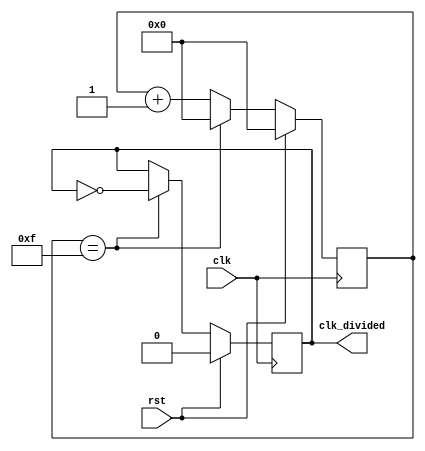
module clk_divider(
    input clk,
    input rst,
    output reg clk_divided
);
    // 
    parameter MAX_CLK_CNT = 16;
    // 
    // MAX_CLK_CNT >= 0 otherwise clk_cnt and next_clk_cnt are undefined!
    reg [$clog2(MAX_CLK_CNT)-1:0] clk_cnt;
    reg [$clog2(MAX_CLK_CNT)-1:0] next_clk_cnt;
    // 
    reg next_clk_divided;
    always @ (*) begin
        if (clk_cnt == MAX_CLK_CNT - 1) begin
            next_clk_divided = ~clk_divided;
            next_clk_cnt = 0;
        end else begin
            next_clk_divided = clk_divided;
            next_clk_cnt = clk_cnt + 1;
        end
    end
    always @ (posedge clk) begin
        if (rst) begin
            clk_divided <= 0;
            clk_cnt     <= 0;
        end else begin
            clk_divided <= next_clk_divided;
            clk_cnt     <= next_clk_cnt;
        end
    end
endmodule